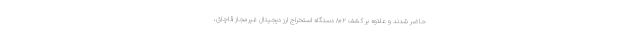
حاضر شدند و علاوه بر کشف ۸۰۲ دستگاه استخراج ارز دیجیتال غیرمجاز قاچاق،